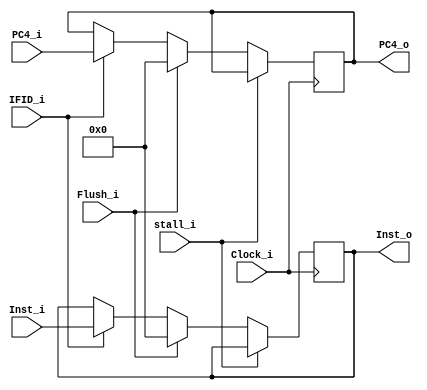
module IF_ID(
    stall_i,
    Flush_i,
    Clock_i,
    IFID_i,
    PC4_i,
    Inst_i,
    PC4_o,
    Inst_o
);

input				   stall_i;
input Flush_i, Clock_i, IFID_i;
input [31:0] PC4_i, Inst_i;
output [31:0] PC4_o, Inst_o;

reg [31:0] PC4_o, Inst_o;

initial begin
    PC4_o = 0;
    Inst_o = 0;
end

always@(posedge Clock_i)
begin
    if(stall_i) begin
    end else
    if(Flush_i)
    begin
        PC4_o = 0;
        Inst_o = 0;
    end
    else if(IFID_i)
    begin
        PC4_o <= PC4_i;
        Inst_o <= Inst_i;
    end
end

endmodule